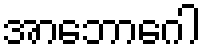
အာဘောဂေါ